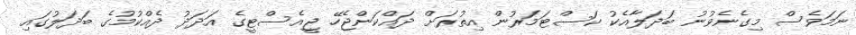
ނަމަވެސް މިގެނެވުނު ބަދަލާއެކު ކަސްޓަމަރުން އިތުރަށް ދައްކަންޖެހޭ ޖީއެސްޓީގެ އަދަދު ދެއްކުމުގެ ބަދަލުގައި